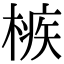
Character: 槉